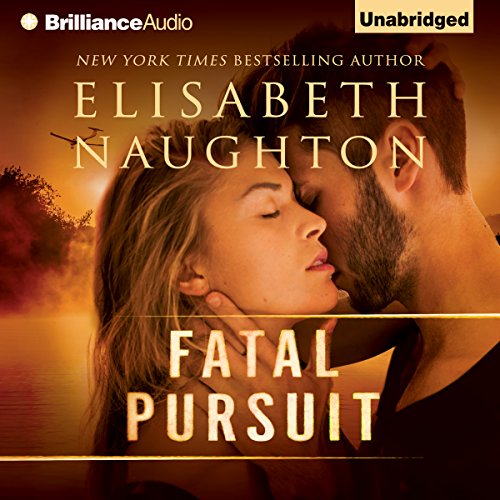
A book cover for Fatal Pursuit; Elisabeth Naughton; Romance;